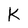
Character: k